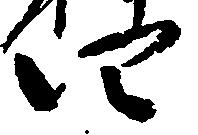
四